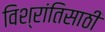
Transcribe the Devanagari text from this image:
विश्रांतिसाठी